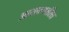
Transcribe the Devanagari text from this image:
आखत्यारित